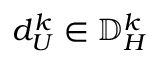
d _ { U } ^ { k } \in { \mathbb { D } _ { H } ^ { k } }